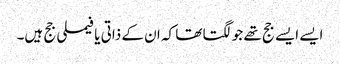
ایسے ایسے جج تھے جو لگتا تھا کہ ان کے ذاتی یا فیملی جج ہیں۔